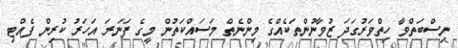
ނިސްބަތްވާ ހިތްވަރުގަދަ ޒުވާނުންތަކެއްގެ މިންނެތް މަސައްކަތުން މީގެ ފަނަރަ އަހަރު ކުރިން ފެއްޓި